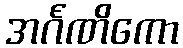
အင်္ဂဏိကော